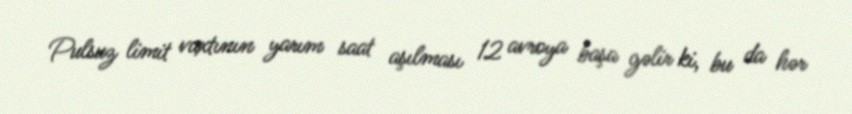
Pulsuz limit vaxtının yarım saat aşılması 12 avroya başa gəlir ki, bu da hər